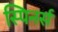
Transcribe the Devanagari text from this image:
स्पिनर्स